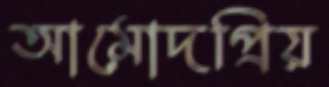
আমোদপ্রিয়